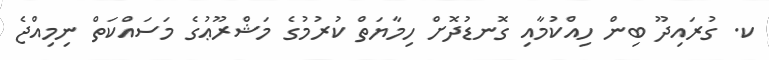
ކ. ގުރައިދޫ ބިން ހިއްކުމާއި ގޮނޑުދޮށް ހިމާޔަތް ކުރުމުގެ މަޝްރޫޢުގެ މަސައްކަތް ނިމިއްޖެ